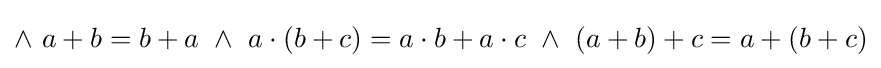
\land ~a+b=b+a~\land ~a\cdot (b+c)=a\cdot b+a\cdot c~\land ~(a+b)+c=a+(b+c)